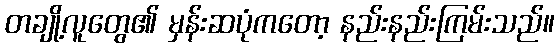
တချို့လူတွေ၏ မှန်းဆပုံကတော့ နည်းနည်းကြမ်းသည်။